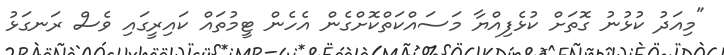
"މިއަދު ކުޅުނު ގޮތަށް ކުޅެފިއްޔާ މަސައްކަތްކޮށްގެން އެހެން ޓީމުތައް ކައިރީގައި ވެސް ރަނގަޅު